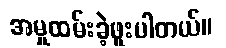
အမှုထမ်းခဲ့ဖူးပါတယ်။